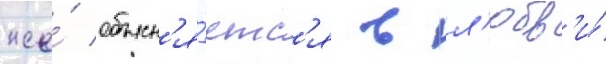
же́ объясн'я́етс'я в л'юбв'и́